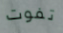
تفوت